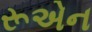
રૂએન